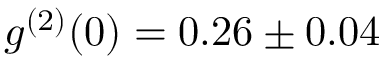
g ^ { ( 2 ) } ( 0 ) = 0 . 2 6 \pm 0 . 0 4